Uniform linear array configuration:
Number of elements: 12
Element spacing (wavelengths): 1
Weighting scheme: hamming
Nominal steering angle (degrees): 0
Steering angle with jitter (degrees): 0.9463
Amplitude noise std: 0.05
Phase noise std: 0.05

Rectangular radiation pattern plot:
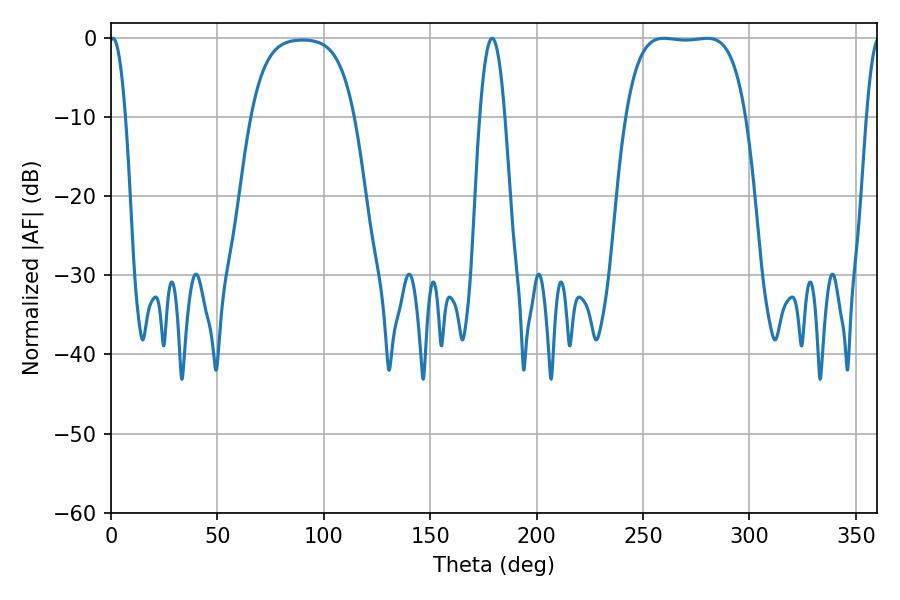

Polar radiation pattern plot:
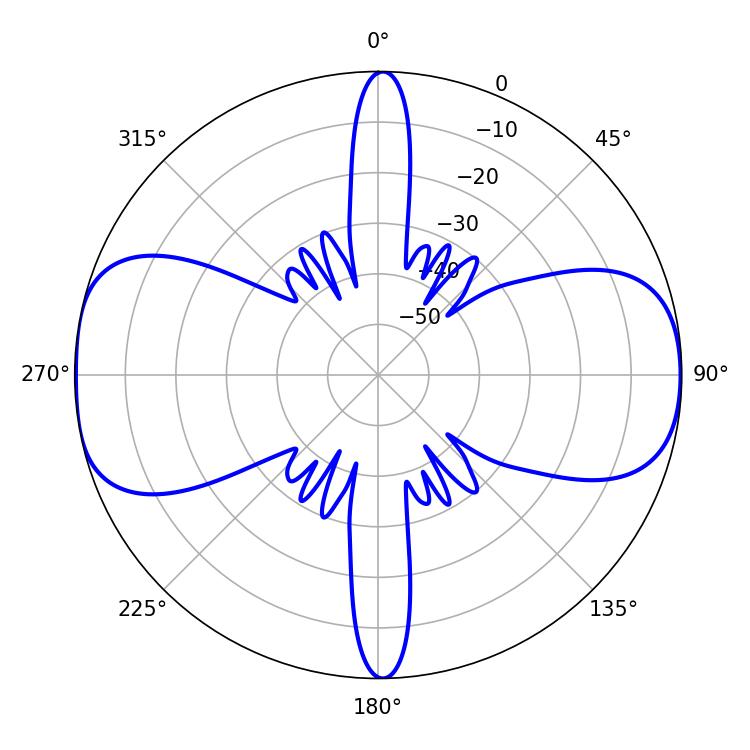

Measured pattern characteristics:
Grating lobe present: TRUE
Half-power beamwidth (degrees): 4.14
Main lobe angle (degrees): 0.9